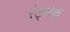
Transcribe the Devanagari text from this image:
रेड्नेक